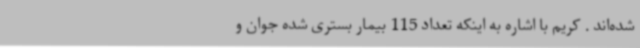
شده‌اند . کریم با اشاره به اینکه تعداد 115 بیمار بستری شده جوان و